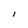
Character: l